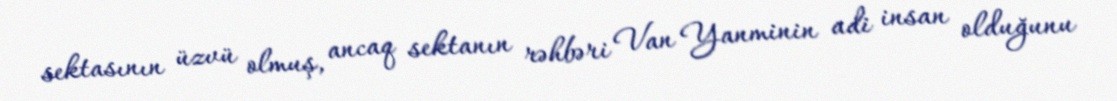
sektasının üzvü olmuş, ancaq sektanın rəhbəri Van Yanminin adi insan olduğunu